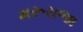
મરૂરાજા